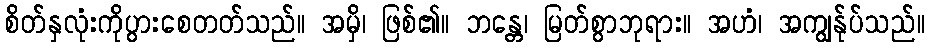
စိတ်နှလုံးကိုပွားစေတတ်သည်။ အမှိ၊ ဖြစ်၏။ ဘန္တေ၊ မြတ်စွာဘုရား။ အဟံ၊ အကျွန်ုပ်သည်။